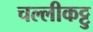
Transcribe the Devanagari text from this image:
चल्लीकट्टु